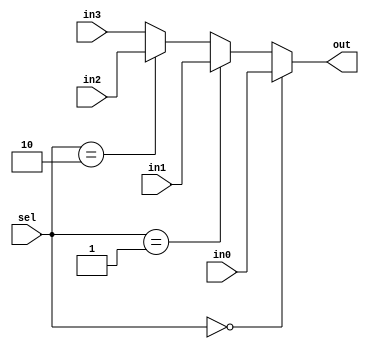
`timescale 1ns / 1ps

module mux4
#(parameter N=32)(
    input [1:0] sel,
    input [N-1:0] in0,
    input [N-1:0] in1,
    input [N-1:0] in2,
    input [N-1:0] in3,
    output reg [N-1:0] out
    );

    always@(*) begin
        if(sel==2'b00) out = in0;
        else if(sel == 2'b01) out = in1;
        else if(sel == 2'b10) out = in2;
        else out = in3;
    end

endmodule

module mux2
#(parameter N=32)(
    input sel,
    input [N-1:0] in0,
    input [N-1:0] in1,
    output [N-1:0] out
    );

    assign out = sel ? in1 : in0;

endmodule